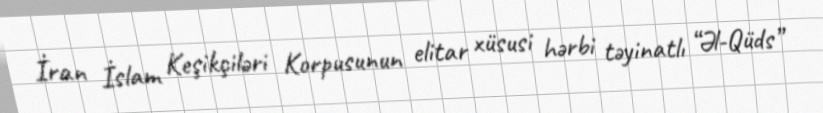
İran İslam Keşikçiləri Korpusunun elitar xüsusi hərbi təyinatlı “Əl-Qüds”